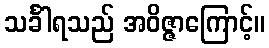
သင်္ခါရသည် အဝိဇ္ဇာကြောင့်။